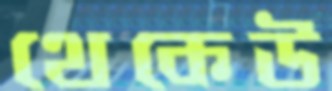
থেকেউ